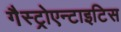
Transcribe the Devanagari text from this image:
गैस्ट्रोएन्टाइटिस